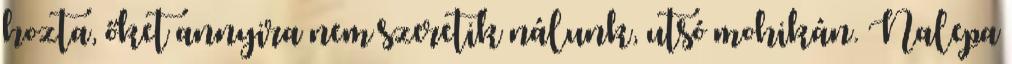
hozta, őket annyira nem szeretik nálunk, utsó mohikán. Nalepa